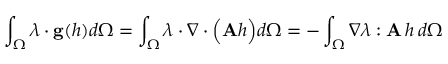
\int _ { \Omega } \boldsymbol { \lambda } \cdot \mathbf { g } ( h ) d \Omega = \int _ { \Omega } \boldsymbol { \lambda } \cdot \nabla \cdot \Big ( \mathbf { A } h \Big ) d \Omega = - \int _ { \Omega } \nabla \boldsymbol { \lambda } : \mathbf { A } \, h \, d \Omega